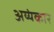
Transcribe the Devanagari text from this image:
अय्यंकार